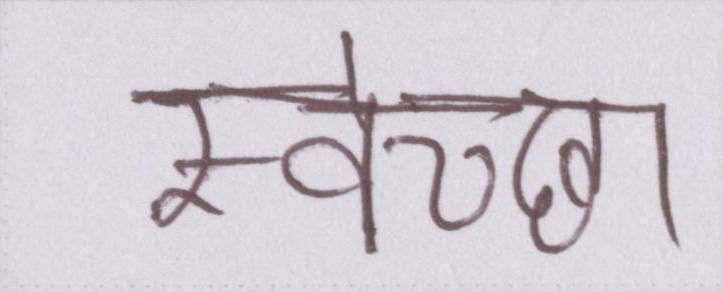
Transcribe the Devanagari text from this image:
स्वेच्छा